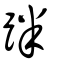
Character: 跘